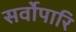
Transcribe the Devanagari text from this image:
सर्वोपारि